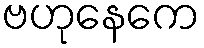
ဗဟုနေကေ